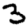
Digit: 3